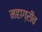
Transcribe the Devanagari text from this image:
महाग्रीव